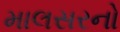
માલસરનો